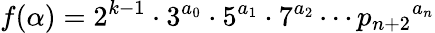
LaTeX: f(\alpha)=2^{k-1}\cdot 3^{a_{0}}\cdot 5^{a_{1}}\cdot 7^{a_{2}}\cdots{p_{n+2}}^{a_{n}}